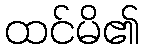
ထင်မိ၏